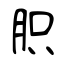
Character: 胑